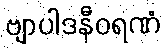
ဗျာပါဒနီဝရဏံ